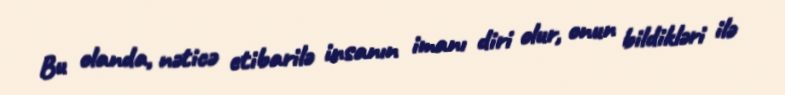
Bu olanda, nəticə etibarilə insanın imanı diri olur, onun bildikləri ilə